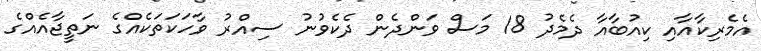
އެމެރިކާއާއި ކިއުބާއާ ދެމެދު 18 މަސް ވަންދެން ދެކެވުނު ސިއްރު ވާހަކަތަކެއްގެ ނަތީޖާއެއްގެ